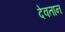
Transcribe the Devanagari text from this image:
देवतान